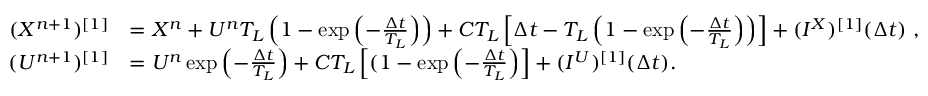
\begin{array} { r l } { ( X ^ { n + 1 } ) ^ { [ 1 ] } } & { = X ^ { n } + U ^ { n } T _ { L } \left( 1 - \exp \left( - \frac { \Delta t } { T _ { L } } \right) \right) + C T _ { L } \left[ \Delta t - T _ { L } \left( 1 - \exp \left( - \frac { \Delta t } { T _ { L } } \right) \right) \right] + ( I ^ { X } ) ^ { [ 1 ] } ( \Delta t ) ~ , } \\ { ( U ^ { n + 1 } ) ^ { [ 1 ] } } & { = U ^ { n } \exp \left( - \frac { \Delta t } { T _ { L } } \right) + C T _ { L } \left[ ( 1 - \exp \left( - \frac { \Delta t } { T _ { L } } \right) \right] + ( I ^ { U } ) ^ { [ 1 ] } ( \Delta t ) . } \end{array}